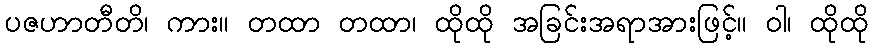
ပဇဟာတီတိ၊ ကား။ တထာ တထာ၊ ထိုထို အခြင်းအရာအားဖြင့်။ ဝါ၊ ထိုထို